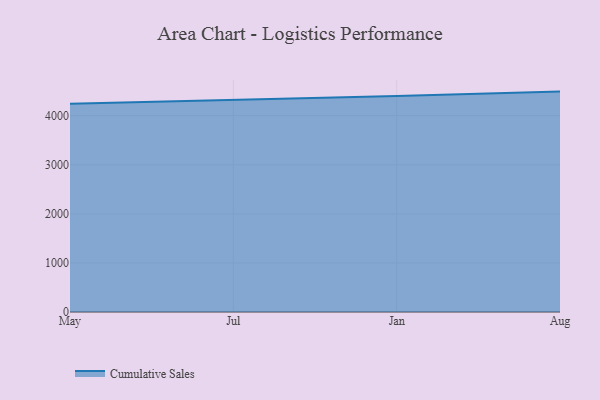
{"axis": {"x": "Month", "y": "Inventory Turnover"}, "legend": ["Cumulative Sales"], "data": [{"x": "May", "y": 4241.6, "type": "Cumulative Sales"}, {"x": "Jul", "y": 4313.7, "type": "Cumulative Sales"}, {"x": "Jan", "y": 4398.7, "type": "Cumulative Sales"}, {"x": "Aug", "y": 4490.4, "type": "Cumulative Sales"}]}